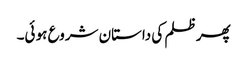
پھر ظلم کی داستان شروع ہو ئی۔